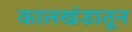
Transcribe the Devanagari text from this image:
कालखंडातून